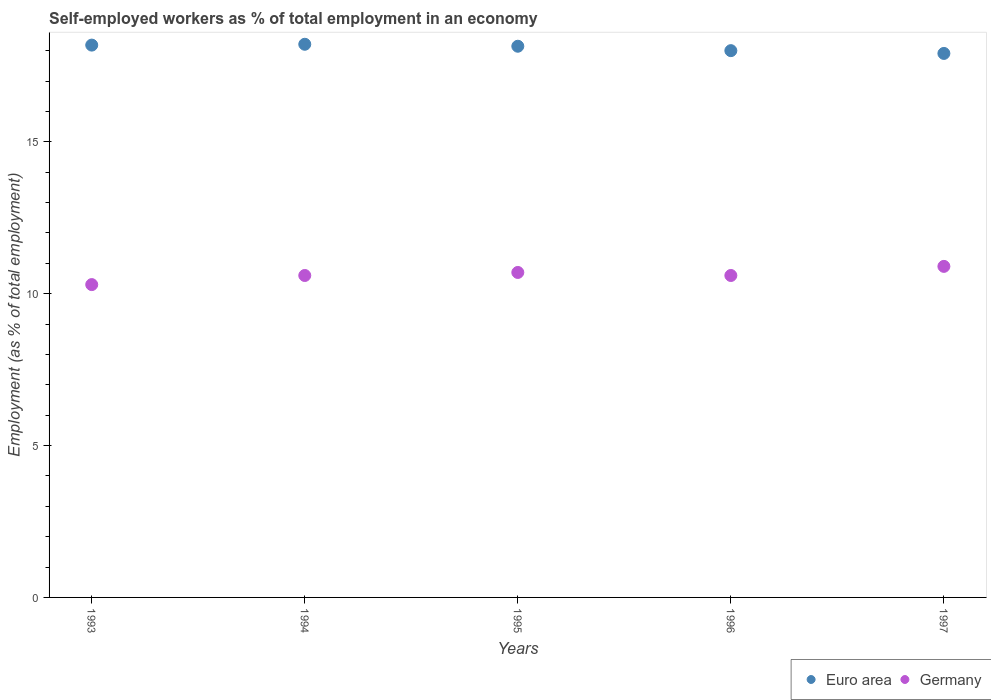
| Years | Euro area | Germany |
 | --- | --- | --- |
 | 1993 | 18.2 | 10.3 |
 | 1994 | 18.2 | 10.6 |
 | 1995 | 18.1 | 10.7 |
 | 1996 | 18 | 10.6 |
 | 1997 | 17.9 | 10.9 |